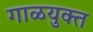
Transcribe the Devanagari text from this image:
गाळयुक्त